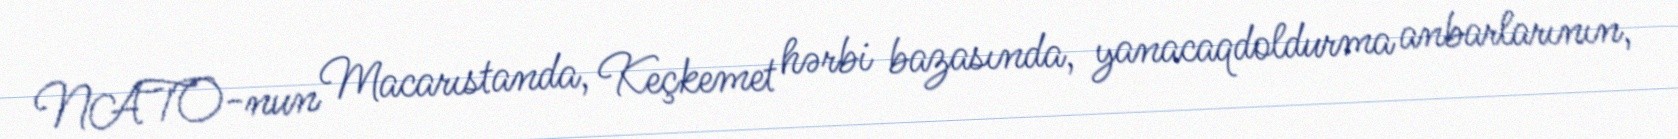
NATO-nun Macarıstanda, Keçkemet hərbi bazasında, yanacaqdoldurma anbarlarının,